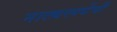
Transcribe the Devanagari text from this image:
नाट्यस्पर्धेची